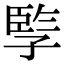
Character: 𡦋